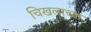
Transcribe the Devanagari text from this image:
चिखलाच्या